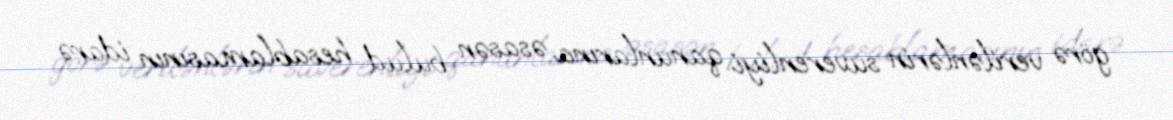
görə verilənlərin suverenliyi qanunlarına əsasən bulud hesablamasının idarə